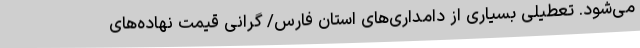
می‌شود. تعطیلی بسیاری از دامداری‌های استان فارس/ گرانی قیمت نهاده‌های